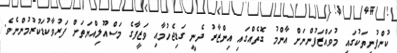
ކުންފުނިތަކުގައި މުވައްޒަފުންނަށް އާންމު ގޮތެއްގައި އިންޒާރު ދެނީ ގަޑިޖެހުމާއި ވަޒީފާގެ މަސްއޫލިއްޔަތަށް ފަރުވާކުޑަކުރުމުންނެވެ.